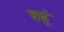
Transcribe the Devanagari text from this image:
बढ़ूं